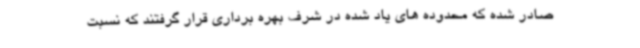
صادر شده که محدوده های یاد شده در شرف بهره برداری قرار گرفتند که نسبت